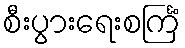
စီးပွားရေးစင်္ကြံ